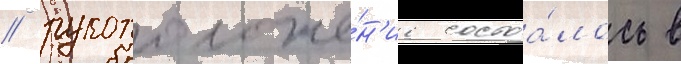
/ рукоположе́н'ие состоа́лось в